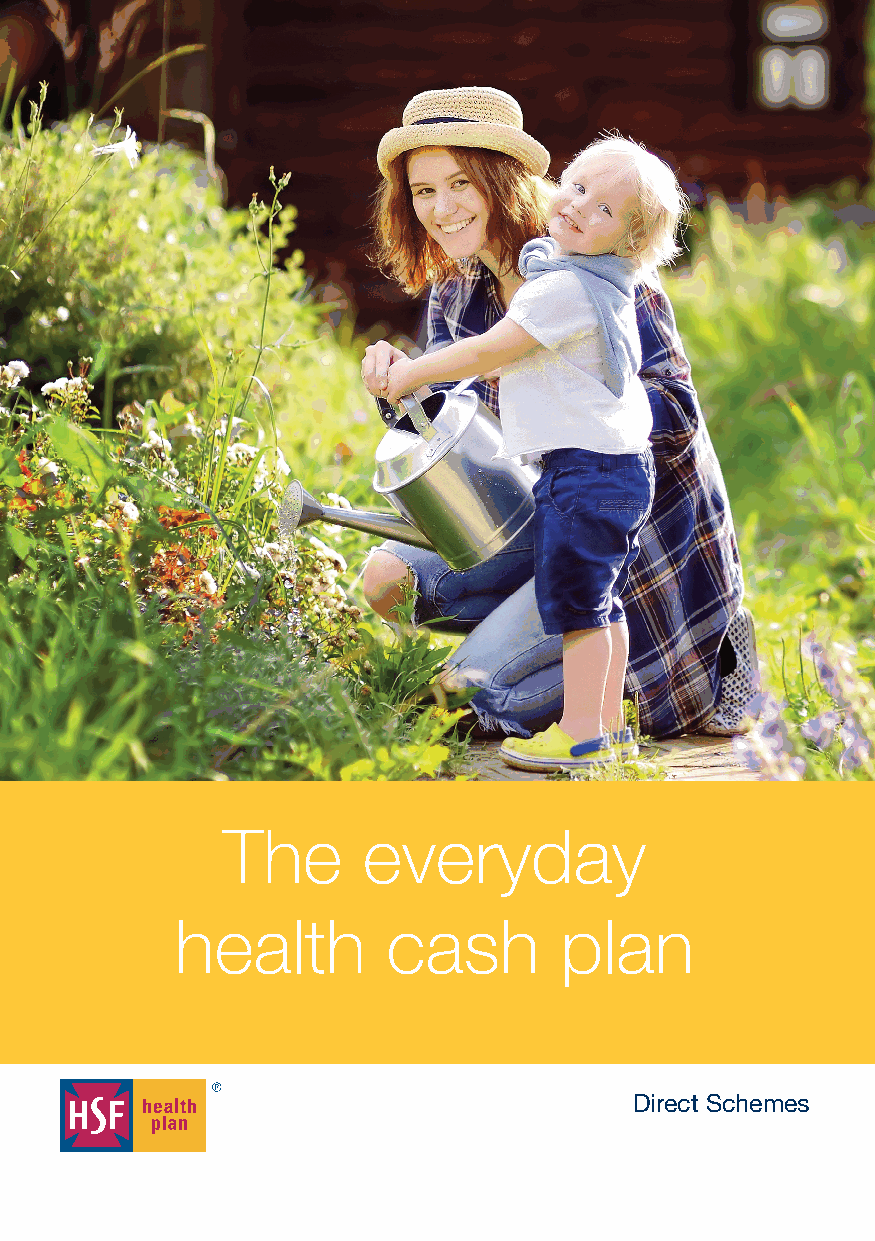
MD009 HSF UK Direct Full Brochure App Aug 2019.qxp_A5 brochure 09/08/2019 16:36 Page 1
 The      everyday
 health        cash        plan
 Direct Schemes